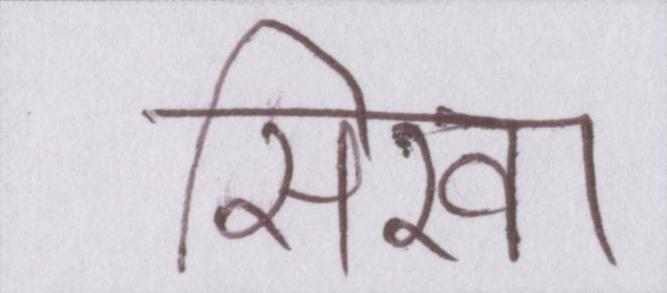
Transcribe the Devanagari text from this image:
सिखा